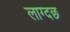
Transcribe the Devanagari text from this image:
लाग्दछ